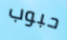
حبوب